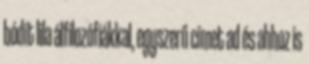
bódít lila álfilozófiákkal, egyszerű címet ad és ahhoz is